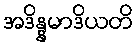
အဒိန္နမာဒိယတိ